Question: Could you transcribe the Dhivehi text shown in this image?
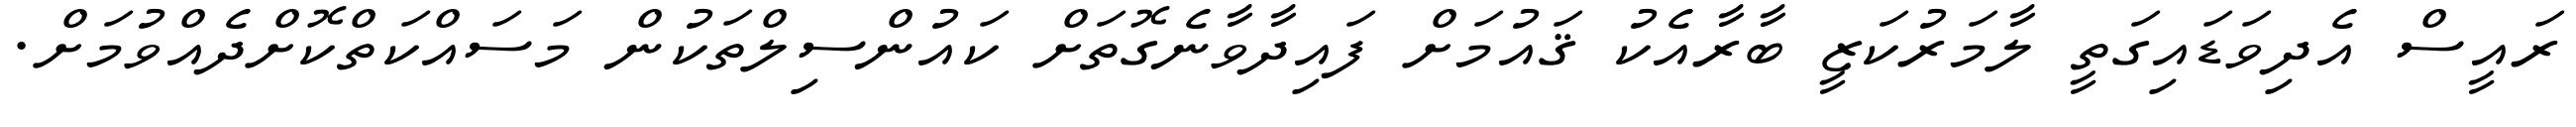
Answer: ރައީސް އެދިވަޑައިގަތީ ލާމަރުކަޒީ ބާރާއެކު ޤައުމަށް ފައިދާވާނެގޮތަށް ކައުންސިލްތަކުން މަސައްކަތްކޮށްދެއްވުމަށް.